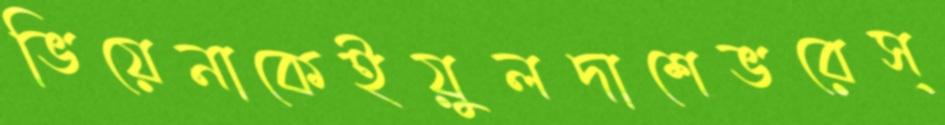
ভিয়েনাকেইয়ুলদাশেভরেস্